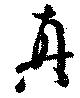
真